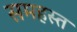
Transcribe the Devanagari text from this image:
समहस्त